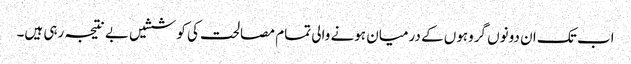
اب تک ان دونوں گروہوں کے درمیان ہونے والی تمام مصالحت کی کوششیں بے نتیجہ رہی ہیں۔